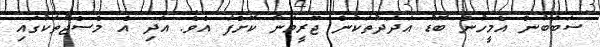
ސަބަބުން އެމީހުން ބޮޑު އަދަދުތަކުން ޖޫރީމަނާ ކޮށްފަ އެވެ. އަދި އެ މެސެޖުތަކުގައި